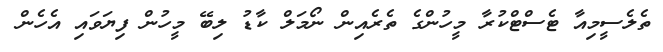
ތެލެސީމިއާ ޓެސްޓްކުރާ މީހުންގެ ތެރެއިން ނޯމަލް ކާޑު ލިބޭ މީހުން ފިޔަވައި އެހެން